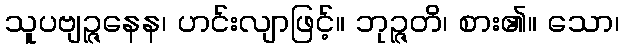
သူပဗျဉ္ဇနေန၊ ဟင်းလျာဖြင့်။ ဘုဉ္ဇတိ၊ စား၏။ သော၊